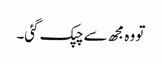
تو وہ مجھ سے چپک گئی۔